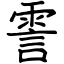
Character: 霅